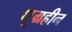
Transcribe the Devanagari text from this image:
धूम्रहीन